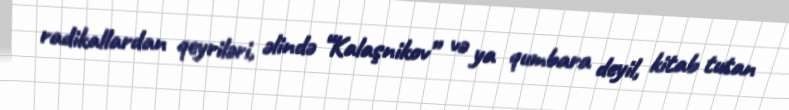
radikallardan qeyriləri, əlində “Kalaşnikov” və ya qumbara deyil, kitab tutan